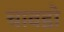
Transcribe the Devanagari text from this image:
चावडो